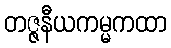
တဇ္ဇနီယကမ္မကထာ